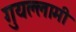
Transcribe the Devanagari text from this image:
गुयल्लामी